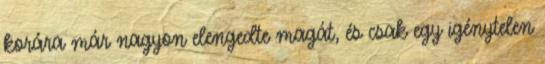
korára már nagyon elengedte magát, és csak egy igénytelen